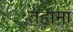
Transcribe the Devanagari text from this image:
तेहामा